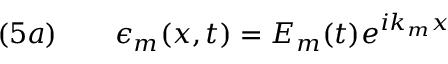
\quad ( 5 a ) \qquad \epsilon _ { m } ( x , t ) = E _ { m } ( t ) e ^ { i k _ { m } x }